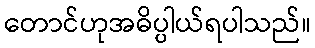
တောင်ဟုအဓိပ္ပါယ်ရပါသည်။